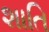
શાતિ